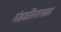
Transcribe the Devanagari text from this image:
मंडळींसारख्या